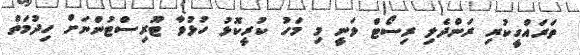
ތަރައްގީކުރި ރަންދެލި ރިސޯޓް ވަނީ މި މަހު ކުރީކޮޅު ހުޅުވާ ޓޫރިސްޓުންނަށް ހިދުމަތް